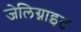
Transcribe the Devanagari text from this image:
जेलिग्नाइट